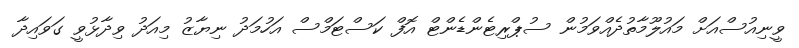
ވީނިއުސްއަށް މައުލޫމާތުދެއްވަމުން ސުޕްރިޓެންޑެންޓް އޮފް ކަސްޓަމްސް އަހުމަދު ނިޔާޒު މިއަދު ވިދާޅުވީ ގަވައިދާ